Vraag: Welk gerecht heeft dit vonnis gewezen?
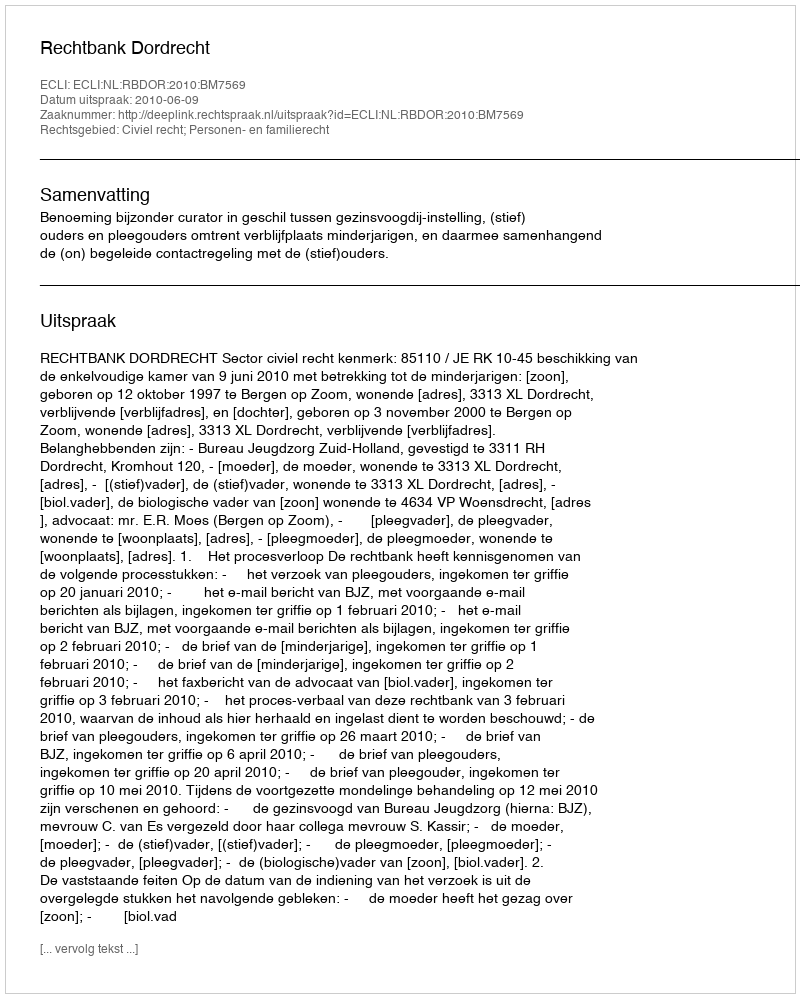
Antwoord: Rechtbank Dordrecht